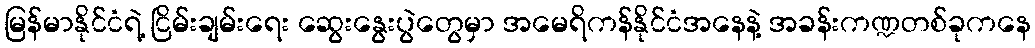
မြန်မာနိုင်ငံရဲ့ ငြိမ်းချမ်းရေး ဆွေးနွေးပွဲတွေမှာ အမေရိကန်နိုင်ငံအနေနဲ့ အခန်းကဏ္ဍတစ်ခုကနေ